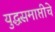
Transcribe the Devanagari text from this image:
युद्धसमाप्तीचे